Civil Veterinary Department. Madras. Admin. report 1926-33 - 1926-1933
Year: 1926
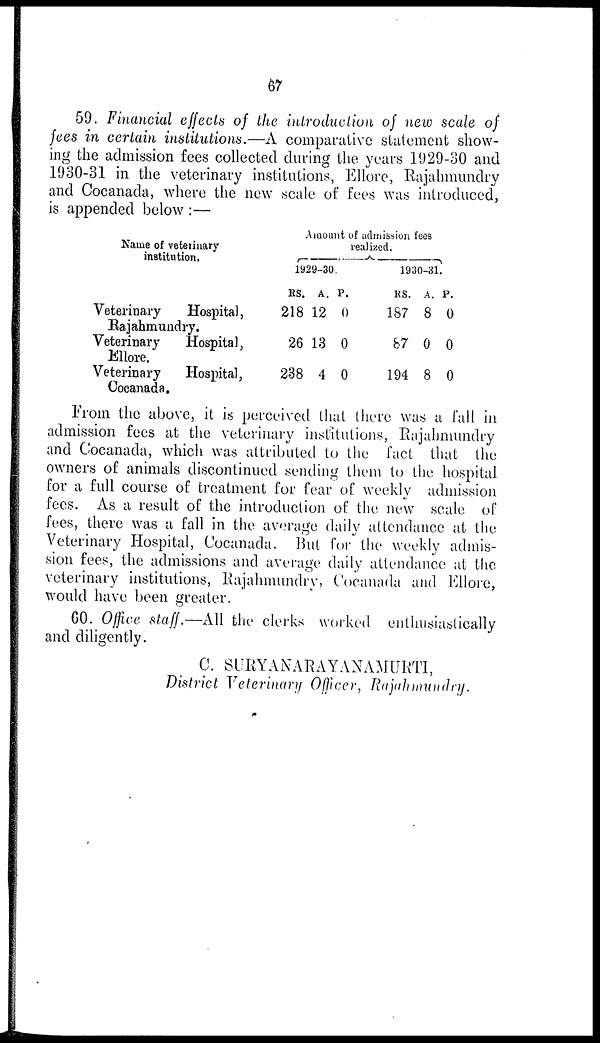
67
59. Financial effects of the introduction of new scale of
fees in certain institutions.—A comparative statement show-
ing the admission fees collected during the years 1929-30 and
1930-31 in the veterinary institutions, Ellore, Rajahmundry
and Cocanada, where the new scale of fees was introduced,
is appended below :—
Name of veterinary
institution.
Veterinary
Hospital,
Rajahmundry.
Veterinary
Hospital,
Ellore.
Veterinary
Hospital,
Cocanada.
Amount of admission fees
realized.
1929-30.
RS.
218
26
238
A.
12
13
4
P.
0
0
0
1930-31.
RS.
187
87
194
A.
8
0
8
P.
0
0
0
From the above, it is perceived that there was a fall in
admission fees at the veterinary institutions, Rajahmundry
and Cocanada, which was attributed to the fact that the
owners of animals discontinued sending them to the hospital
for a full course of treatment for fear of weekly admission
fees. As a result of the introduction of the new scale of
fees, there was a fall in the average daily attendance at the
Veterinary Hospital, Cocanada. But for the weekly admis-
sion fees, the admissions and average daily attendance at the
veterinary institutions, Rajahmundry, Cocanada and Ellore,
would have been greater.
60. Office staff.—All the clerks worked enthusiastically
and diligently.
C. SURYANARAYANAMURTI,
District Veterinary Officer, Rajahmundry.